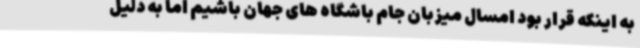
به اینکه قرار بود امسال میزبان جام باشگاه های جهان باشیم اما به دلیل